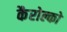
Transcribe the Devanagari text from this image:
कैरोल्को